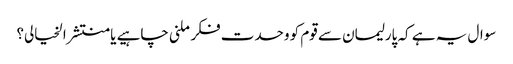
سوال یہ ہے کہ پارلیمان سے قوم کو وحدت فکر ملنی چاہیے یا منتشر الخیالی؟